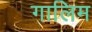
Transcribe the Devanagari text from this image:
गालिम